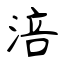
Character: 涪